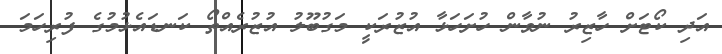
އަދި ކޯޓަށް ހާޒިރު ނުވާން ހުށަހަޅާ އުޒުރަކީ މަގުބޫލު އުޒުރެއްތޯ ކަނޑައެޅުމުގެ ފުރިހަމަ